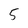
Character: 5